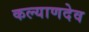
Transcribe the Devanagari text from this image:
कल्याणदेव